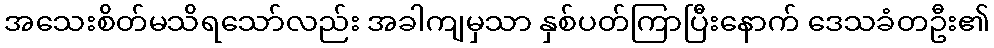
အသေးစိတ်မသိရသော်လည်း အခါကျမှသာ နှစ်ပတ်ကြာပြီးနောက် ဒေသခံတဦး၏